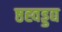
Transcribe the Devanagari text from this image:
ष्ठह्वड्डद्य